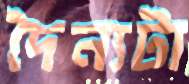
দৈন্যটা